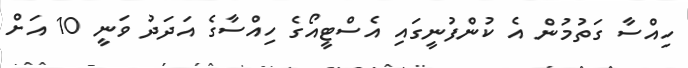
ހިއްސާ ގަތުމުން އެ ކުންފުނީގައި އެސްޓީއޯގެ ހިއްސާގެ އަދަދު ވަނީ 10 އަށް